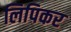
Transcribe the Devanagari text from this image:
लिपिकर